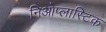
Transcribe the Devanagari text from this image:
निओप्लास्टिक